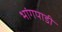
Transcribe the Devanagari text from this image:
भांगपाडी